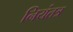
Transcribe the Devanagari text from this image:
नियंतत्र